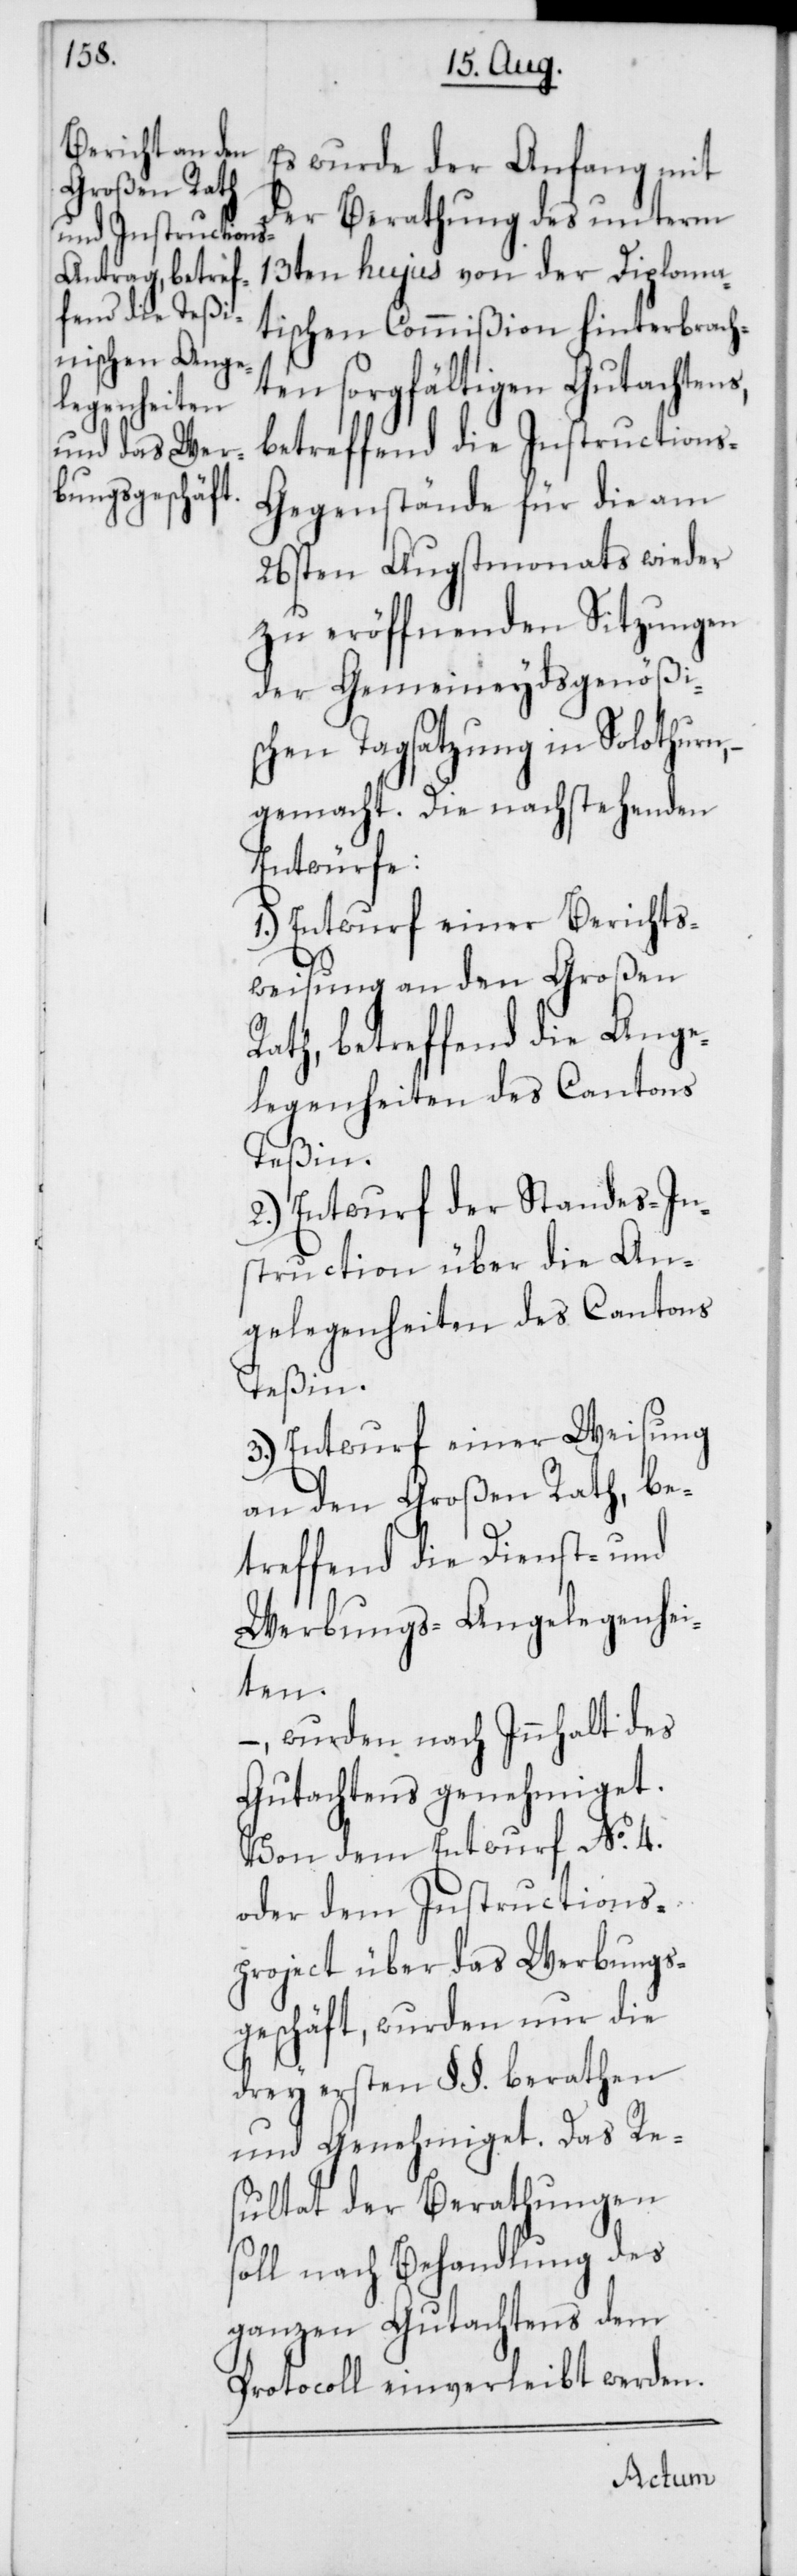
Es wurde der Anfang mit
der Berathung des unterm
13ten hujus von der Diploma¬
tischen Commißion hinterbrach¬
ten sorgfältigen Gutachtens,
betreffend die Instructions-G¬
egenstände für die am
26sten Augstmonats wieder
zu eröffnenden Sitzungen
der Gemeineydsgenößi¬
schen Tagsatzung in Solothurn,
gemacht. Die nachstehenden
Entwürfe:
1.) Entwurf einer Berichts¬
weisung an den Großen
Rath, betreffend die Ange¬
legenheiten des Cantons
Teßin;
2.) Entwurf der Standes-In¬
struction über die An¬
gelegenheiten des Cantons
Teßin;
3.) Entwurf einer Weisung
an den Großen Rath, be¬
treffend die Dienst- und
Werbungs-Angelegenhei¬
ten.
, wurden nach Inhalt des
Gutachtens genehmiget.
Von dem Entwurf No. 4.
oder dem Instructions¬
project über das Werbungs¬
geschäft, wurden nur die
drey ersten §§. berathen
und Genehmiget. Das Re¬
sultat der Berathungen
soll nach Behandlung des
ganzen Gutachtens dem
Protocoll einverleibt werden.